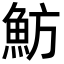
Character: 魴